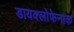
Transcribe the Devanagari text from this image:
डायक्लोफेनाक